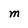
Character: M